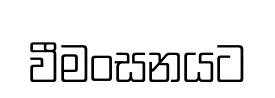
වීමංසනයට